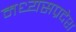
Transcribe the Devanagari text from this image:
मध्यसप्रदेश